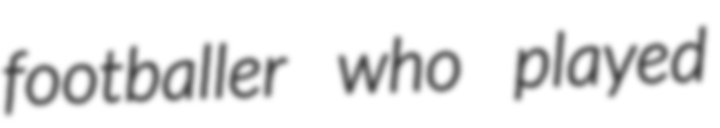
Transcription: footballer who played